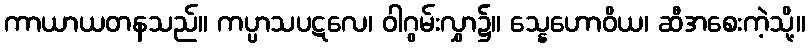
ကာယာယတနသည်။ ကပ္ပာသပဋလေ၊ ဝါဂွမ်းလွှာ၌။ သ္နေဟောဝိယ၊ ဆီအစေးကဲ့သို့။